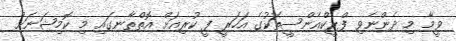
ވީމާ މި ދެންނެވި ފްރީކްއެންސީތަކުގެ އަހަރީ ފީ ކުރިއަށް އޮތްތާނގައި މި ކޮމިޝަނަށް